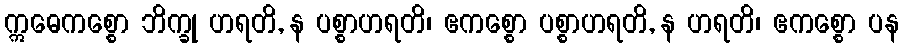
ဣဓေကစ္စော ဘိက္ခု ဟရတိ, န ပစ္စာဟရတိ၊ ဧကစ္စော ပစ္စာဟရတိ, န ဟရတိ၊ ဧကစ္စော ပန